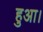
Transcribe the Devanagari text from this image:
हुअा।